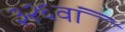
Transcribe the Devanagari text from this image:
३२६वां